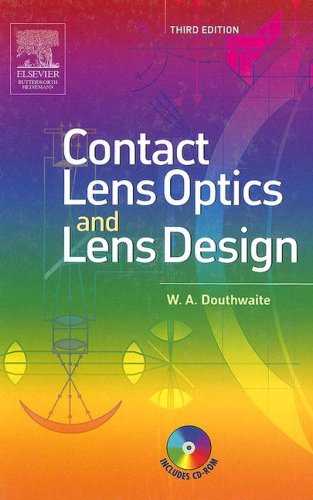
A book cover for Contact Lens Optics & Lens Design, 3e; William A. Douthwaite MSc  PhD  FBCO  DCLP; Medical Books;